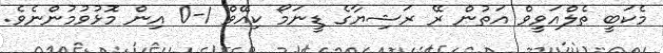
މެކަބީ ތެލްއަވީވް އަތުން ރޭ ރަޝިޔާގެ ޑީނަމޯ ކިއޭވް 1-0 އިން މޮޅުވުމުންނެވެ.